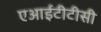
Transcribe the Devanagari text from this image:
एआईटीटीसी